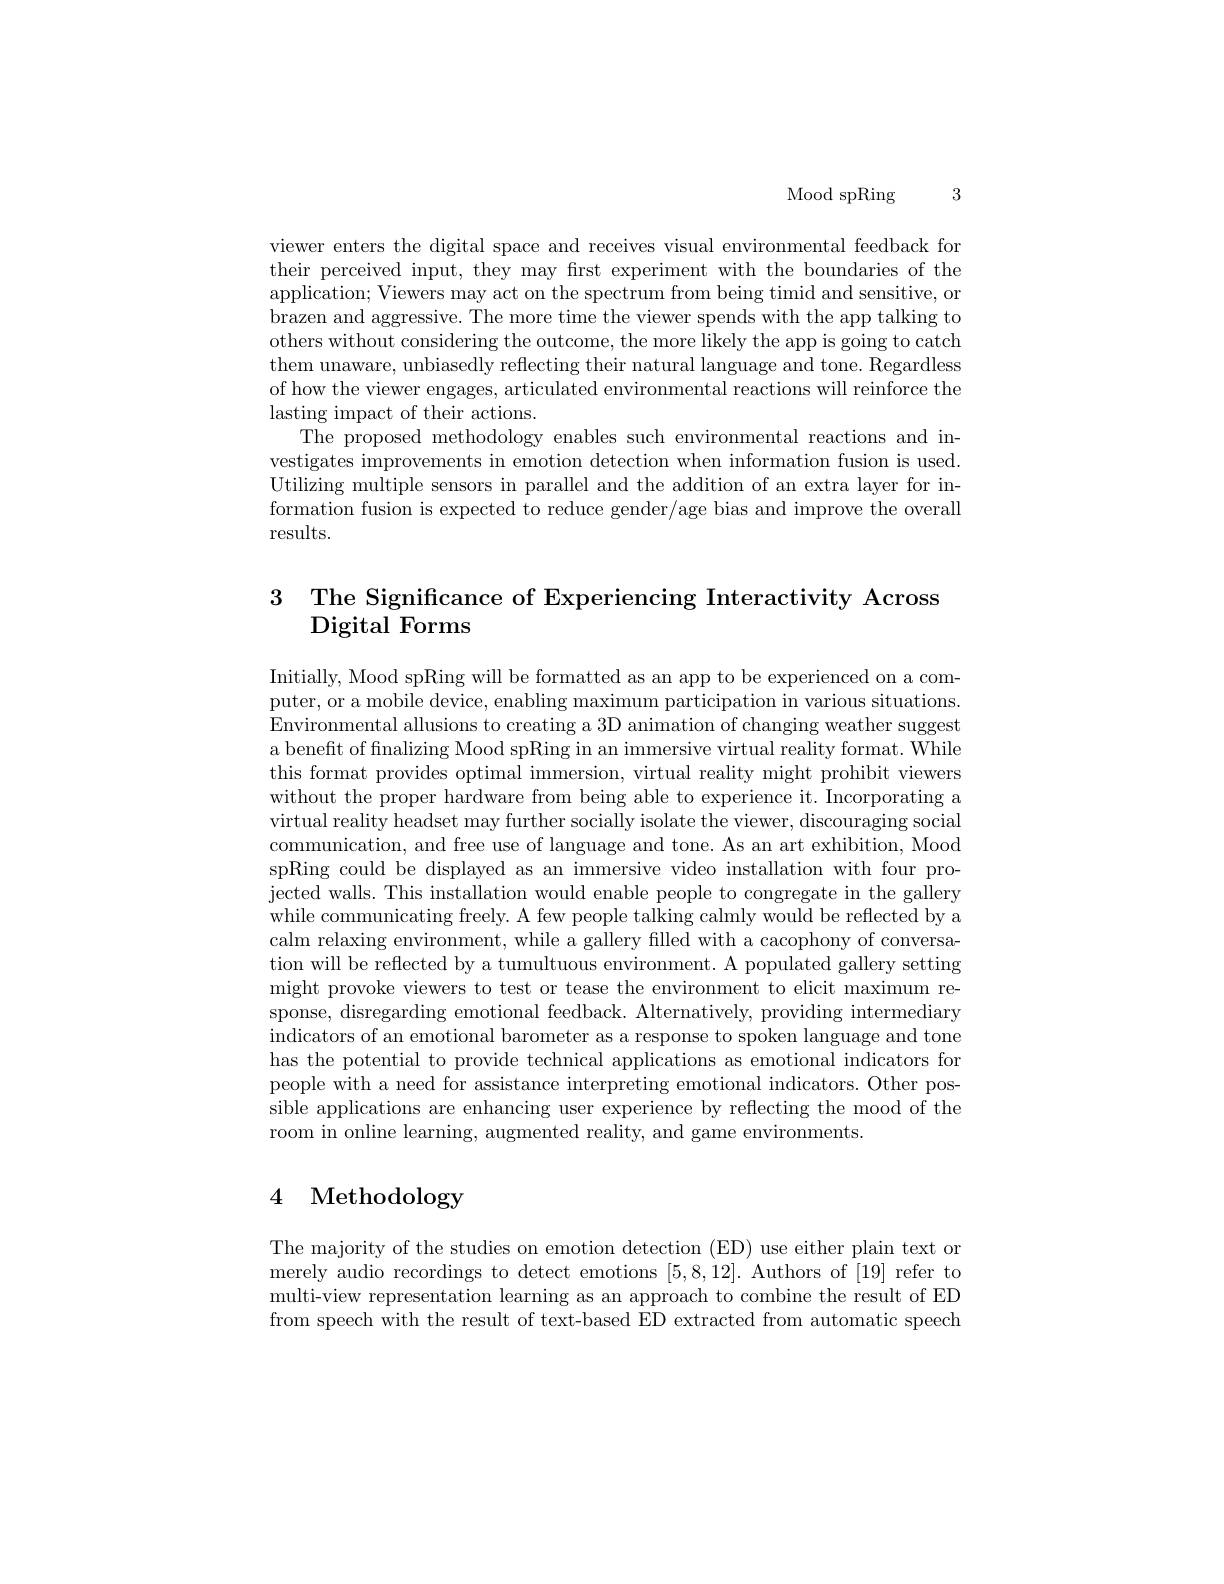
Mood spRing 3

viewer enters the digital space and receives visual environmental feedback for their perceived input, they may first experiment with the boundaries of the application; Viewers may act on the spectrum from being timid and sensitive, or brazen and aggressive. The more time the viewer spends with the app talking to others without considering the outcome, the more likely the app is going to catch them unaware, unbiasedly reflecting their natural language and tone. Regardless of how the viewer engages, articulated environmental reactions will reinforce the lasting impact of their actions.
The proposed methodology enables such environmental reactions and investigates improvements in emotion detection when information fusion is used. Utilizing multiple sensors in parallel and the addition of an extra layer for information fusion is expected to reduce gender/age bias and improve the overall results.

$\begin{array}{ll}3&\text{The Significance of Experiencing Interactivity Across}\\&\text{Digital Forms}\end{array}$

Initially, Mood spRing will be formatted as an app to be experienced on a computer, or a mobile device, enabling maximum participation in various situations Environmental allusions to creating a 3D animation of changing weather suggest a benefit of fnalizing Mood spRing in an immersive virtual reality format. While this format provides optimal immersion, virtual reality might prohibit viewers without the proper hardware from being able to experience it. Incorporating a virtual reality headset may further socially isolate the viewer, discouraging social communication, and free use of language and tone. As an art exhibition, Mood spRing could be displayed as an immersive video installation with four projected walls. This installation would enable people to congregate in the gallery while communicating freely. A few people talking calmly would be reflected by a calm relaxing environment, while a gallery filled with a cacophony of conversation will be reflected by a tumultuous environment. A populated gallery setting might provoke viewers to test or tease the environment to elicit maximum response, disregarding emotional feedback. Alternatively, providing intermediary indicators of an emotional barometer as a response to spoken language and tone has the potential to provide technical applications as emotional indicators for people with a need for assistance interpreting emotional indicators. Other possible applications are enhancing user experience by reflecting the mood of the room in online learning, augmented reality, and game environments.

# 4 Methodology

The majority of the studies on emotion detection (ED) use either plain text or merely audio recordings to detect emotions [5,8,12]. Authors of [19] refer to multi-view representation learning as an approach to combine the result of ED from speech with the result of text-based ED extracted from automatic speech